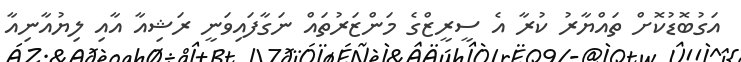
އަގުބޮޑުކޮށް ތައްޔާރު ކުރާ އެ ސީރީޒްގެ މަންޒަރުތައް ނަގާފައިވަނީ ރަޝިއާ އާއި ލިޔުއާނިއާ